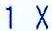
1 X